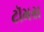
ટૉમસ